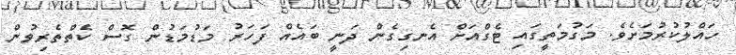
ހައްލުކުރުމަށެވެ. މަގުމަތީގައި ޓެގްއަށް އެނގިގެން ދަނީ ބައެއް ފަހަރު މަޑުމަޑުން ގޮސް ކެތްތެރިވުން